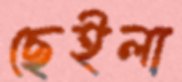
ছেইলা